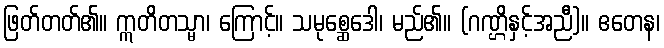
ဖြတ်တတ်၏။ ဣတိတသ္မာ၊ ကြောင့်။ သမုစ္ဆေဒေါ၊ မည်၏။ (ဂဏ္ဌိနှင့်အညီ)။ ဧတေန၊